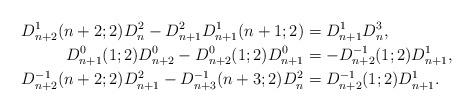
LaTeX: \begin{align*} D_{n+2}^1(n+2;2)D_n^2 -D_{n+1}^2D_{n+1}^1(n+1;2)&=D_{n+1}^1D_n^3,\\ D_{n+1}^0(1;2)D_{n+2}^0-D_{n+2}^0(1;2)D_{n+1}^0&=-D_{n+2}^{-1}(1;2)D_{n+1}^1,\\D_{n+2}^{-1}(n+2;2) D_{n+1}^2-D_{n+3}^{-1}(n+3;2)D_{n}^2&=D_{n+2}^{-1}(1;2)D_{n+1}^1.\end{align*}